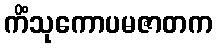
ကိံသုကောပမဇာတက